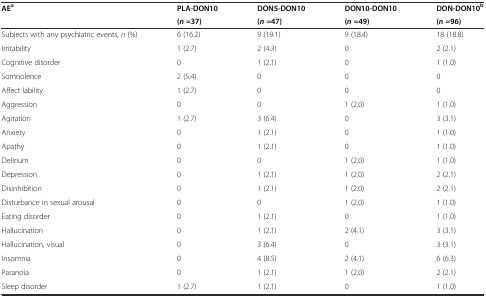
<table><thead><tr><td rowspan="2"><b>AE<sup>a</sup></b></td><td><b>PLA-DON10</b></td><td><b>DON5-DON10</b></td><td><b>DON10-DON10</b></td><td><b>DON-DON10<sup>b</sup></b></td></tr><tr><td><b>(<i>n</i>=37)</b></td><td><b>(<i>n</i>=47)</b></td><td><b>(<i>n</i>=49)</b></td><td><b>(<i>n</i>=96)</b></td></tr></thead><tbody><tr><td>Subjects with any psychiatric events, <i>n</i> (%)</td><td>6 (16.2)</td><td>9 (19.1)</td><td>9 (18.4)</td><td>18 (18.8)</td></tr><tr><td>Irritability</td><td>1 (2.7)</td><td>2 (4.3)</td><td>0</td><td>2 (2.1)</td></tr><tr><td>Cognitive disorder</td><td>0</td><td>1 (2.1)</td><td>0</td><td>1 (1.0)</td></tr><tr><td>Somnolence</td><td>2 (5.4)</td><td>0</td><td>0</td><td>0</td></tr><tr><td>Affect lability</td><td>1 (2.7)</td><td>0</td><td>0</td><td>0</td></tr><tr><td>Aggression</td><td>0</td><td>0</td><td>1 (2.0)</td><td>1 (1.0)</td></tr><tr><td>Agitation</td><td>1 (2.7)</td><td>3 (6.4)</td><td>0</td><td>3 (3.1)</td></tr><tr><td>Anxiety</td><td>0</td><td>1 (2.1)</td><td>0</td><td>1 (1.0)</td></tr><tr><td>Apathy</td><td>0</td><td>1 (2.1)</td><td>0</td><td>1 (1.0)</td></tr><tr><td>Delirium</td><td>0</td><td>0</td><td>1 (2.0)</td><td>1 (1.0)</td></tr><tr><td>Depression</td><td>0</td><td>1 (2.1)</td><td>1 (2.0)</td><td>2 (2.1)</td></tr><tr><td>Disinhibition</td><td>0</td><td>1 (2.1)</td><td>1 (2.0)</td><td>2 (2.1)</td></tr><tr><td>Disturbance in sexual arousal</td><td>0</td><td>0</td><td>1 (2.0)</td><td>1 (1.0)</td></tr><tr><td>Eating disorder</td><td>0</td><td>1 (2.1)</td><td>0</td><td>1 (1.0)</td></tr><tr><td>Hallucination</td><td>0</td><td>1 (2.1)</td><td>2 (4.1)</td><td>3 (3.1)</td></tr><tr><td>Hallucination, visual</td><td>0</td><td>3 (6.4)</td><td>0</td><td>3 (3.1)</td></tr><tr><td>Insomnia</td><td>0</td><td>4 (8.5)</td><td>2 (4.1)</td><td>6 (6.3)</td></tr><tr><td>Paranoia</td><td>0</td><td>1 (2.1)</td><td>1 (2.0)</td><td>2 (2.1)</td></tr><tr><td>Sleep disorder</td><td>1 (2.7)</td><td>1 (2.1)</td><td>0</td><td>1 (1.0)</td></tr></tbody></table>